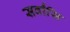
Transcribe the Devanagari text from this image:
सर्वांसि